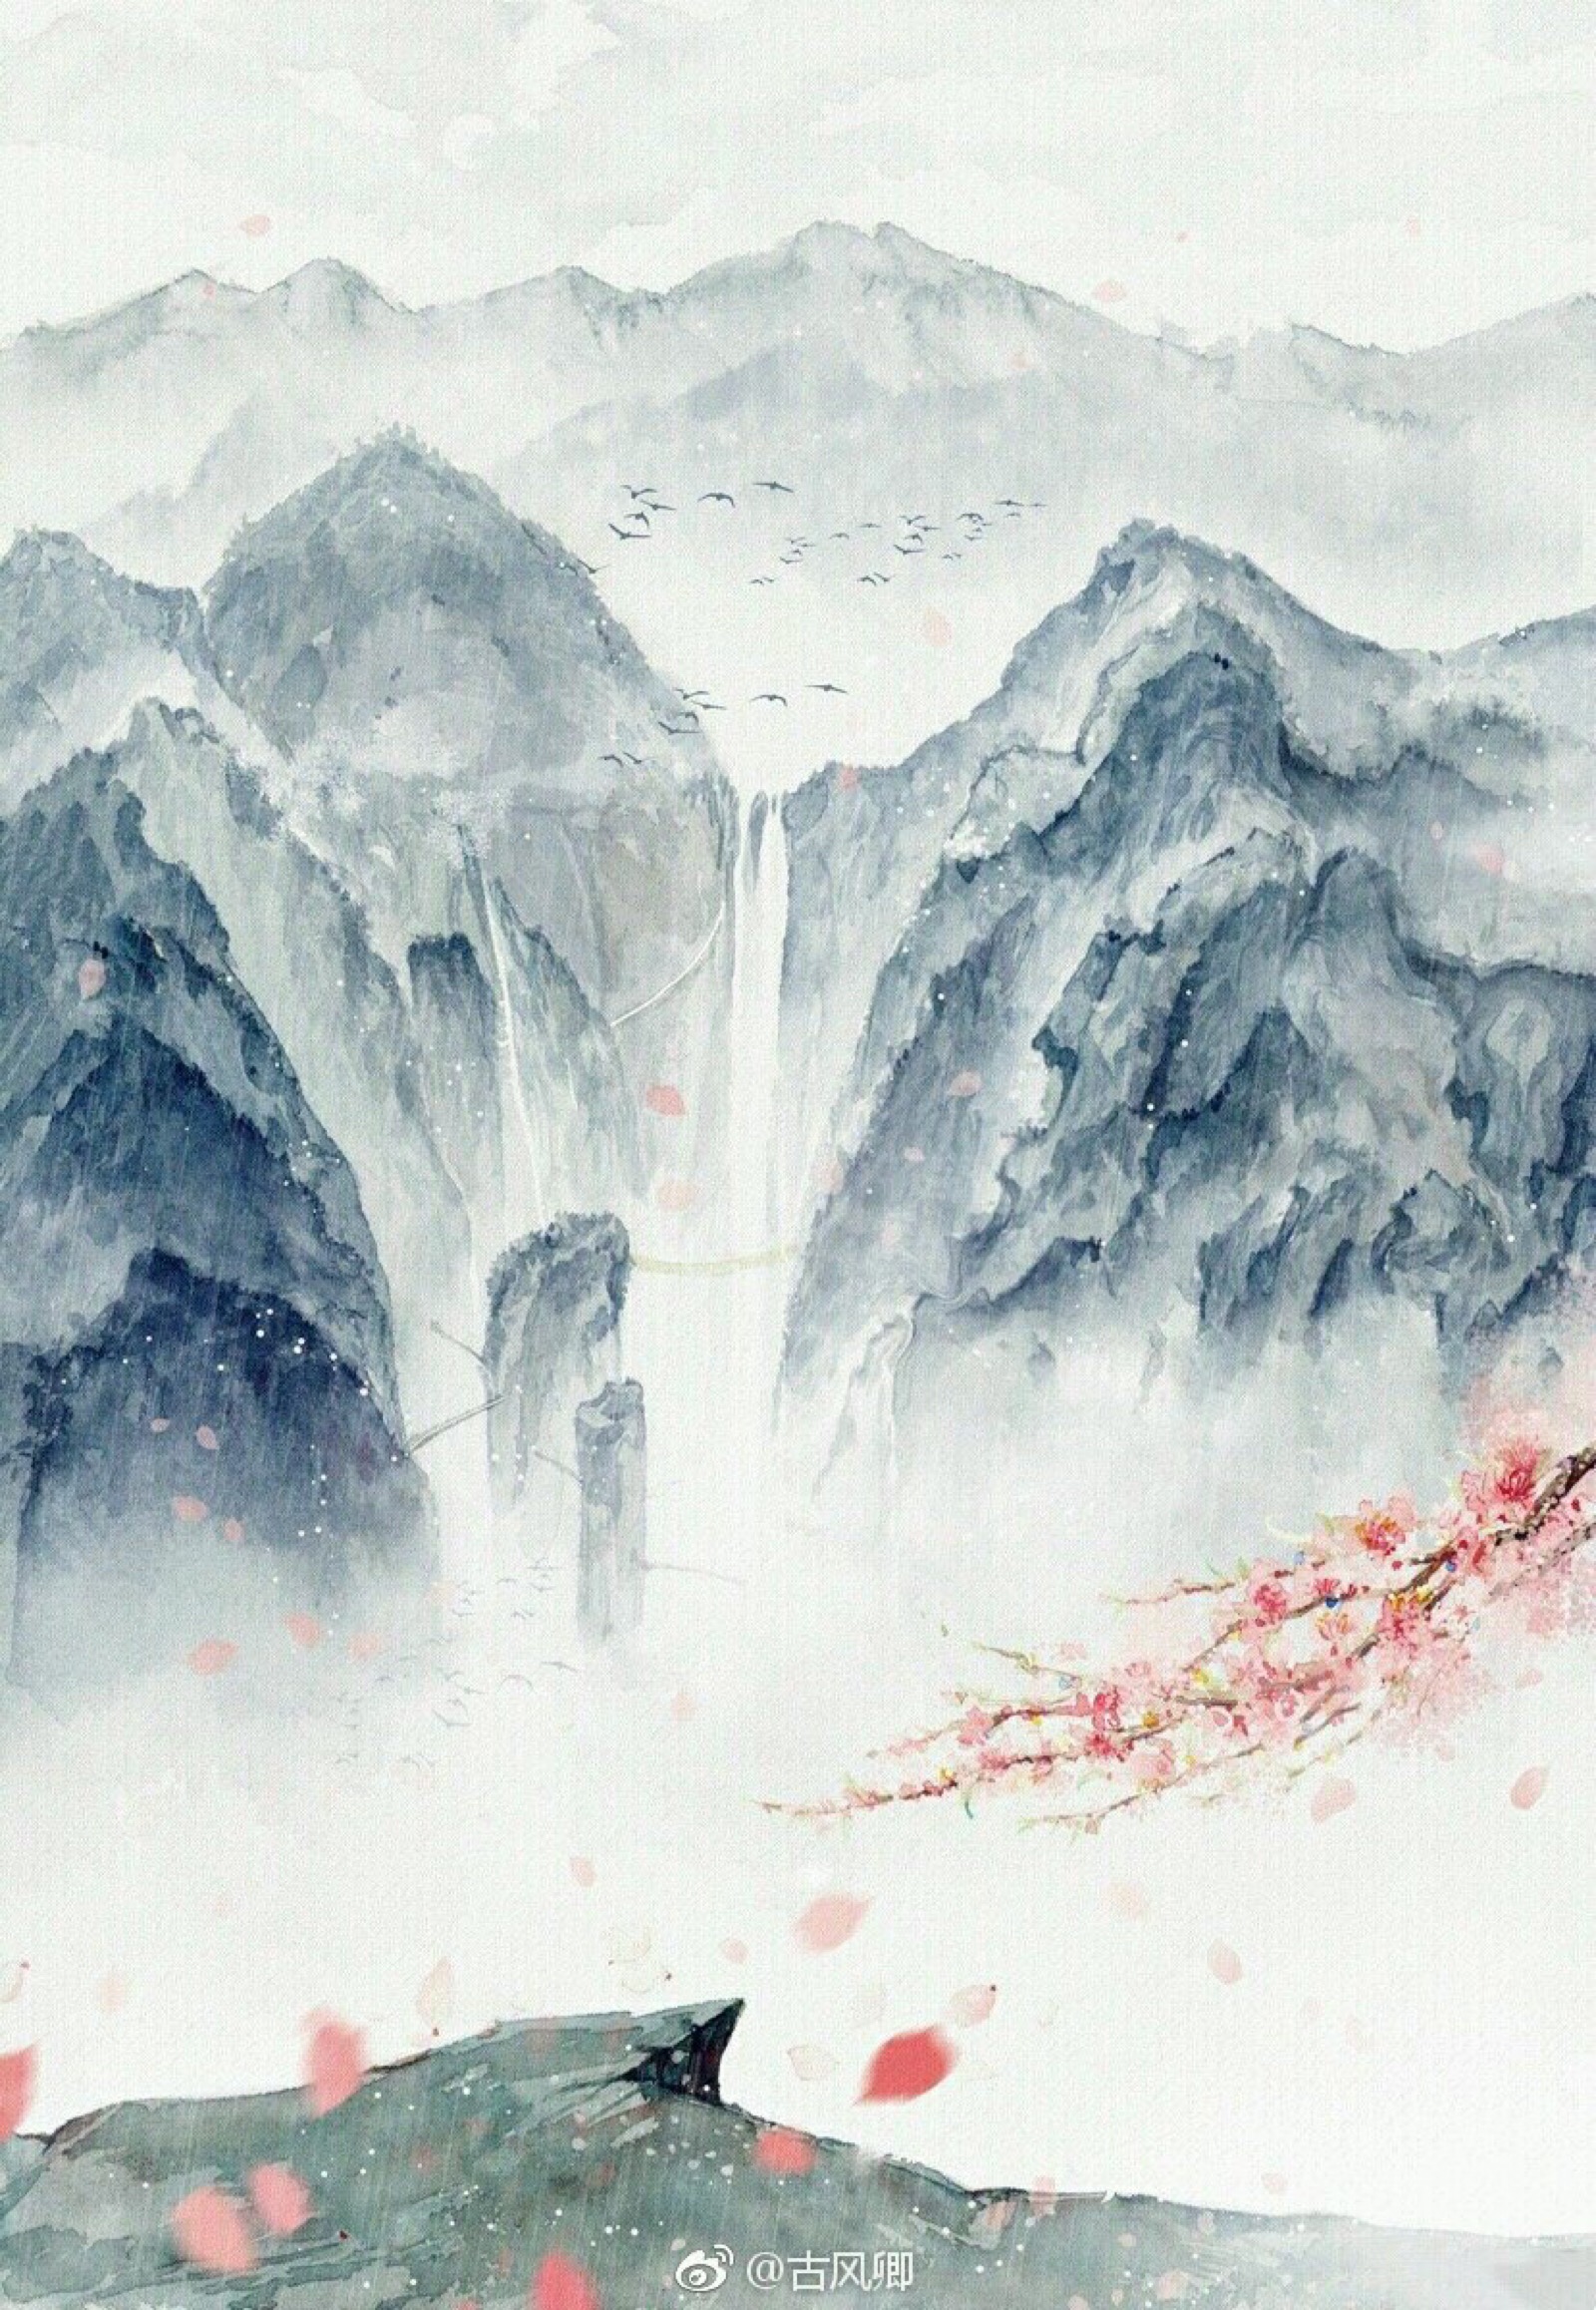
古岩泉滴滴，幽谷鸟关关。